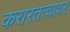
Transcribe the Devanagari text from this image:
करारतत्वावर